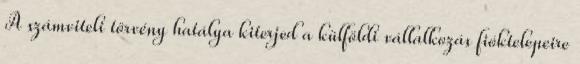
A számviteli törvény hatálya kiterjed a külföldi vállalkozás fióktelepeire